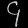
Digit: ၄